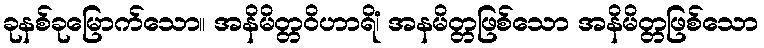
ခုနစ်ခုမြောက်သော။ အနိမိတ္တဝိဟာရိံ၊ အနမိတ္တဖြစ်သော အနိမိတ္တဖြစ်သော